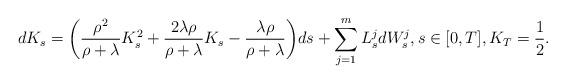
LaTeX: \begin{align*}dK_s & = \bigg( \frac{\rho^2}{\rho+\lambda} K_s^2 + \frac{2\lambda \rho}{\rho + \lambda} K_s - \frac{\lambda \rho}{\rho + \lambda} \bigg) ds + \sum_{j=1}^m L_s^j dW_s^j, s\in [0,T], K_T =\frac12.\end{align*}